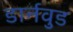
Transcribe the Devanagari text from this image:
डार्नवुड